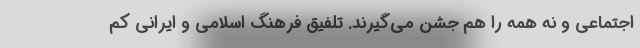
اجتماعی و نه همه را هم جشن می‌گیرند. تلفیق فرهنگ اسلامی و ایرانی کم